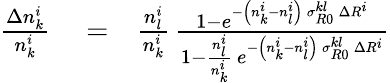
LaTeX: \begin{array}{rlr}{\frac{\Delta n_{k}^{i}}{n_{k}^{i}}}&{{}=}&{\frac{n_{l}^{i}}{n_{k}^{i}}\, \frac{1-e^{-\left(n_{k}^{i}-n_{l}^{i}\right)\, \sigma_{R0}^{kl}\, \Delta R^{i}}}{1-\frac{n_{l}^{i}}{n_{k}^{i}}\, e^{-\left(n_{k}^{i}-n_{l}^{i}\right)\, \sigma_{R0}^{kl}\, \Delta R^{i}}}}\end{array}